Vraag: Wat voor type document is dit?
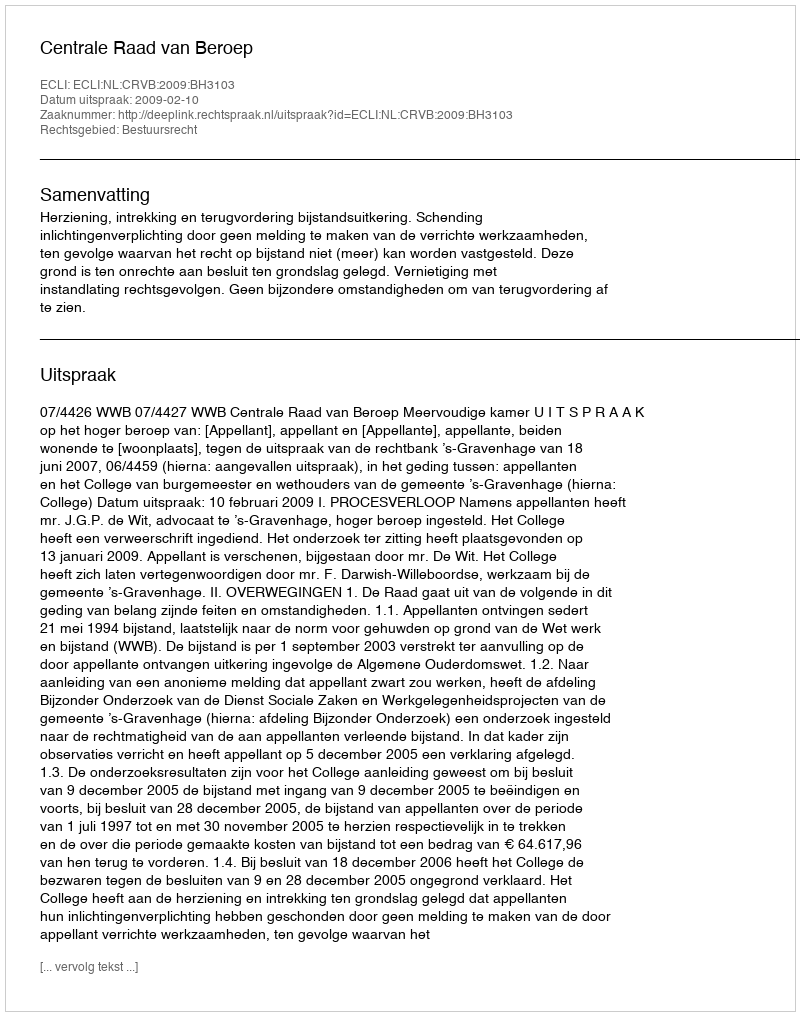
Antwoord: Uitspraak